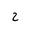
Letter: _ha